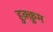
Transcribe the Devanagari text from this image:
हुक़्क़ुम